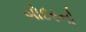
બોદરનો